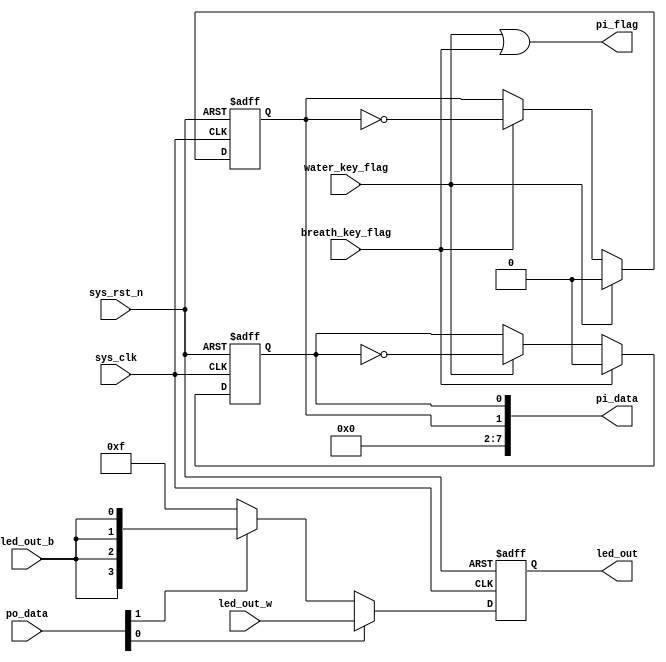
`timescale  1ns/1ns
////////////////////////////////////////////////////////////////////////
// Module Name   : led_ctrl
// Project Name  : rs485
// Target Devices: Altera EP4CE10F17C8N
// Tool Versions : Quartus 13.0
// Description   : 
// 
// Revision      : V1.0
// Additional Comments:
// 
// : _Pro_FPGA
//     : http://www.embedfire.com
//     : http://www.firebbs.cn
//     : https://fire-stm32.taobao.com
////////////////////////////////////////////////////////////////////////

module  led_ctrl
(
    input   wire            sys_clk         ,   //50MHz 
    input   wire            sys_rst_n       ,   //
    input   wire            water_key_flag  ,   //
    input   wire            breath_key_flag ,   //
    input   wire    [3:0]   led_out_w       ,   //
    input   wire            led_out_b       ,   //
    input   wire    [7:0]   po_data         ,   //

    output  wire            pi_flag         ,   //
    output  wire    [7:0]   pi_data         ,   //
    output  reg     [3:0]   led_out             //led
    
);

//********************************************************************//
//****************** Parameter and Internal Signal *******************//
//********************************************************************//

//reg   define
reg     water_led_flag  ;   //pi_data[0]
reg     breath_led_flag ;   //pi_data[1]

//********************************************************************//
//***************************** Main Code ****************************//
//********************************************************************//

//
assign  pi_flag =   water_key_flag | breath_key_flag;

//led
assign  pi_data =   {6'd0,breath_led_flag,water_led_flag};

//water_key_flag:
always@(posedge sys_clk or  negedge sys_rst_n)
    if(sys_rst_n == 1'b0)
        water_led_flag  <=  1'b0;
    else    if(breath_key_flag == 1'b1)
        water_led_flag  <=  1'b0;
    else    if(water_key_flag == 1'b1)
        water_led_flag  <=  ~water_led_flag;

//breath_key_flag
always@(posedge sys_clk or  negedge sys_rst_n)
    if(sys_rst_n == 1'b0)
        breath_led_flag  <=  1'b0;
    else    if(water_key_flag == 1'b1)
        breath_led_flag  <=  1'b0;
    else    if(breath_key_flag == 1'b1)
        breath_led_flag  <=  ~breath_led_flag;

//led_outled
always@(posedge sys_clk or  negedge sys_rst_n)
    if(sys_rst_n == 1'b0)
        led_out <=  4'b1111;
    else    if(po_data[0] == 1'b1 )
        led_out <=  led_out_w;
    else    if(po_data[1] == 1'b1 )
    //led
        led_out <=  {led_out_b,led_out_b,led_out_b,led_out_b};
    else
        led_out <=  4'b1111; 

endmodule